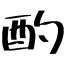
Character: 酌